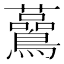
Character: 𧅧